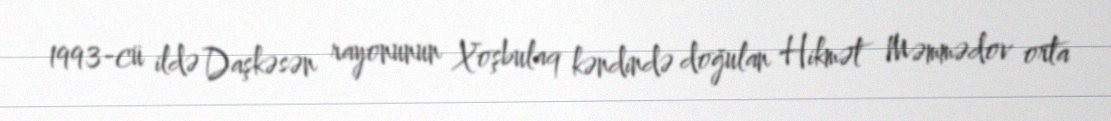
1993-cü ildə Daşkəsən rayonunun Xoşbulaq kəndində doğulan Hikmət Məmmədov orta